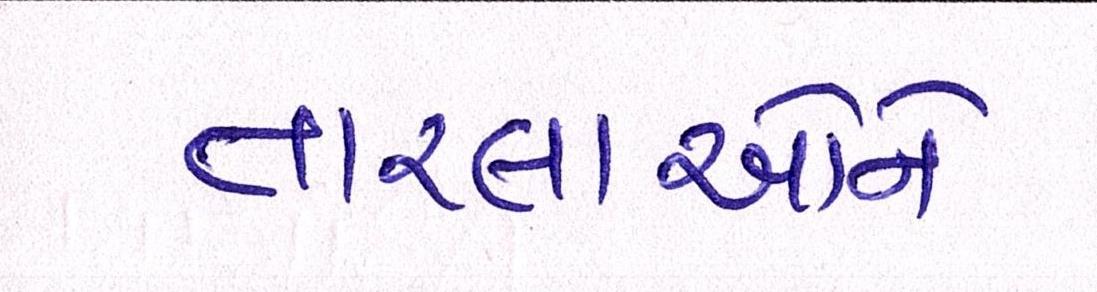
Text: તારલાઓને